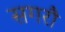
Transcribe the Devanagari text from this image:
सगरौ